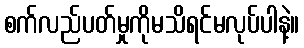
စက်လည်ပတ်မှုကိုမသိရင်မလုပ်ပါနဲ့။